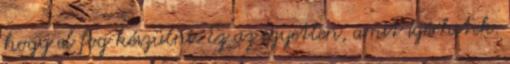
hogy el fog készülni. Ez az egyetlen, amit ígérhetek.